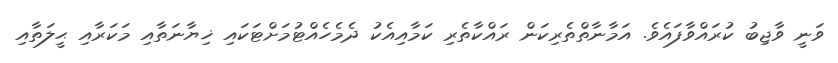
ވަނީ ވާޖިބު ކުރައްވާފައެވެ. އަމާނާތްތެރިކަން ރައްކާތެރި ކަމާއިއެކު ދެމެހެއްޓުމަށްޓަކައި ޚިޔާނަތާއި މަކަރާއި ޙީލަތާއި